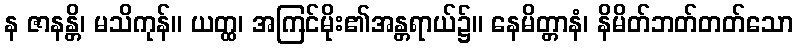
န ဇာနန္တိ၊ မသိကုန်။ ယတ္ထ၊ အကြင်မိုး၏အန္တရာယ်၌။ နေမိတ္တာနံ၊ နိမိတ်ဘတ်တတ်သော